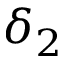
\delta _ { 2 }